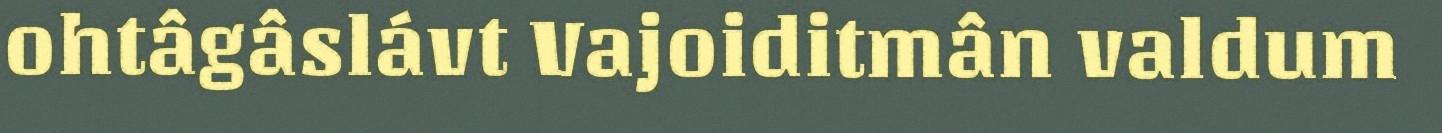
ohtâgâslávt Vajoiditmân valdum